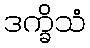
ဒက္ခိသံ